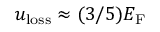
u _ { \mathrm { l o s s } } \approx ( 3 / 5 ) E _ { \mathrm { F } }